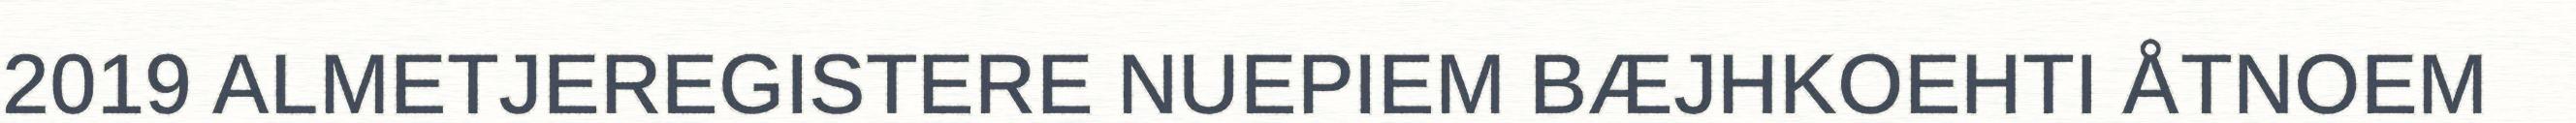
2019 ALMETJEREGISTERE NUEPIEM BÆJHKOEHTI ÅTNOEM